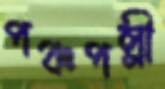
পঞ্চপল্লী